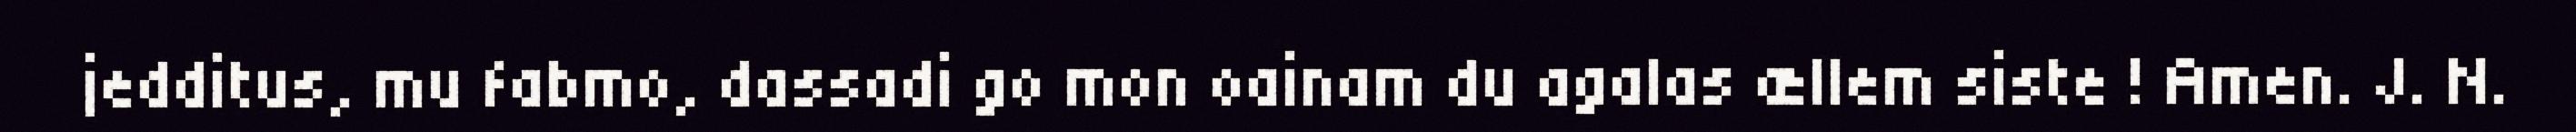
jedditus, mu fabmo, dassadi go mon oainam du agalas ællem siste ! Amen. J. N.